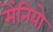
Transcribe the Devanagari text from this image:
मेंनियो